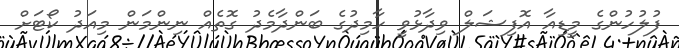
ފުލުހުންގެ މީޑިއާ އޮފިޝަލް ވިދާޅުވީ ހާމިދުގެ ބަންދާމެދު ގޮތެއް ނިންމަން މިއަދު ކޯޓަށް